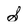
Character: S